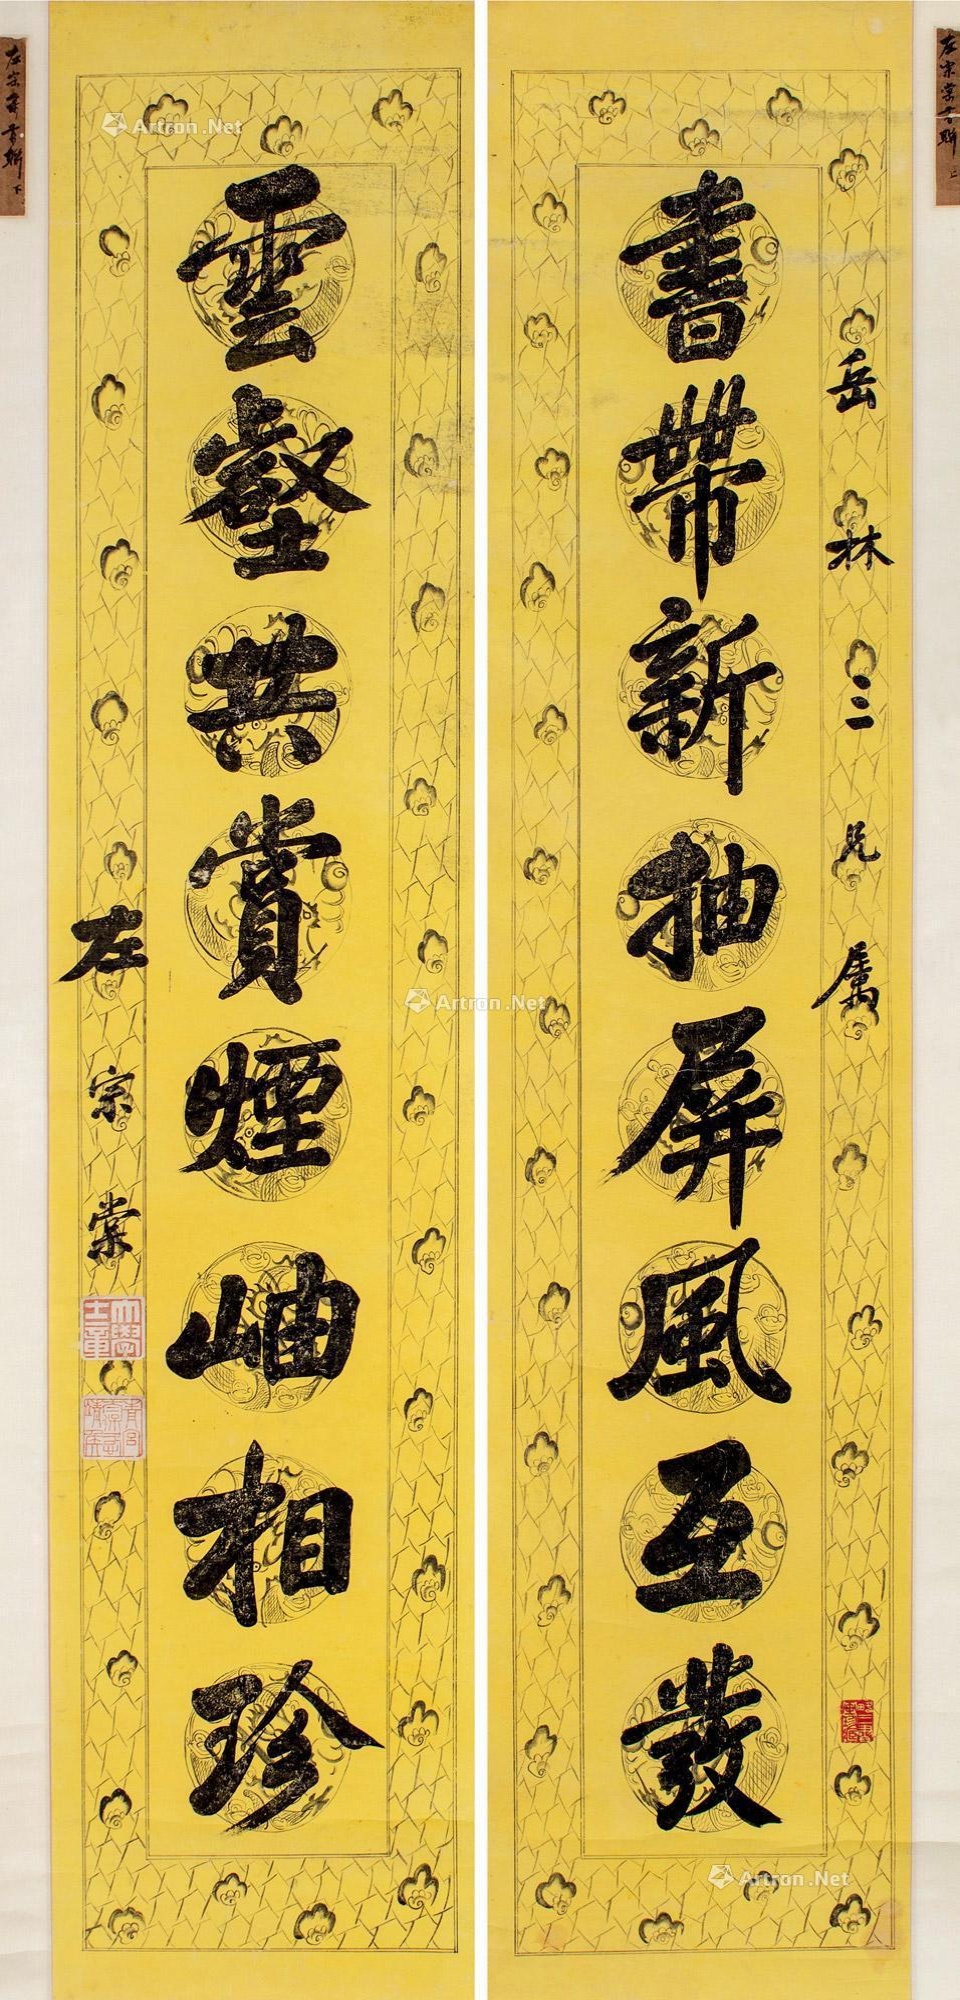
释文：书带新抽屏风互发，云壑共赏烟岫相珍。岳林三兄属，左宗棠。